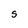
Character: S